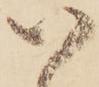
い